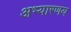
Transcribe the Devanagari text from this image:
अभ्‍यारणय